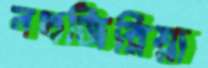
নথজিরিয়া